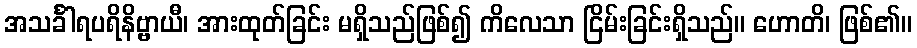
အသင်္ခါရပရိနိဗ္ဗာယီ၊ အားထုတ်ခြင်း မရှိသည်ဖြစ်၍ ကိလေသာ ငြိမ်းခြင်းရှိသည်။ ဟောတိ၊ ဖြစ်၏။